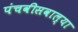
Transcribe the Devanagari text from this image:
पंचवीसवाल्या